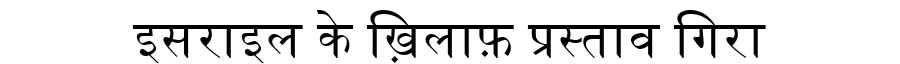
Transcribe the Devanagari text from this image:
इसराइल के ख़िलाफ़ प्रस्ताव गिरा